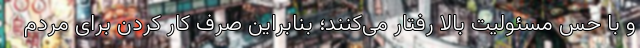
و با حس مسئولیت بالا رفتار می‌کنند؛ بنابراین صرف کار کردن برای مردم